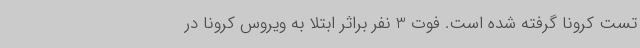
تست کرونا گرفته شده است. فوت 3 نفر براثر ابتلا به ویروس کرونا در